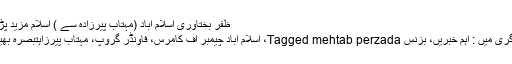
ظفر بختاوری اسلام آباد (مہتاب پیرزادہ سے ) اسلام مزید پڑھیں
کیٹاگری میں : اہم خبریں، بزنس Tagged mehtab perzada، اسلام آباد چیمبر آف کامرس، فاونڈر گروپ، مہتاب پیرزاہتبصرہ بھیجیں